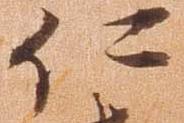
仁